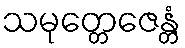
သမုတ္တေဇေန္တံ